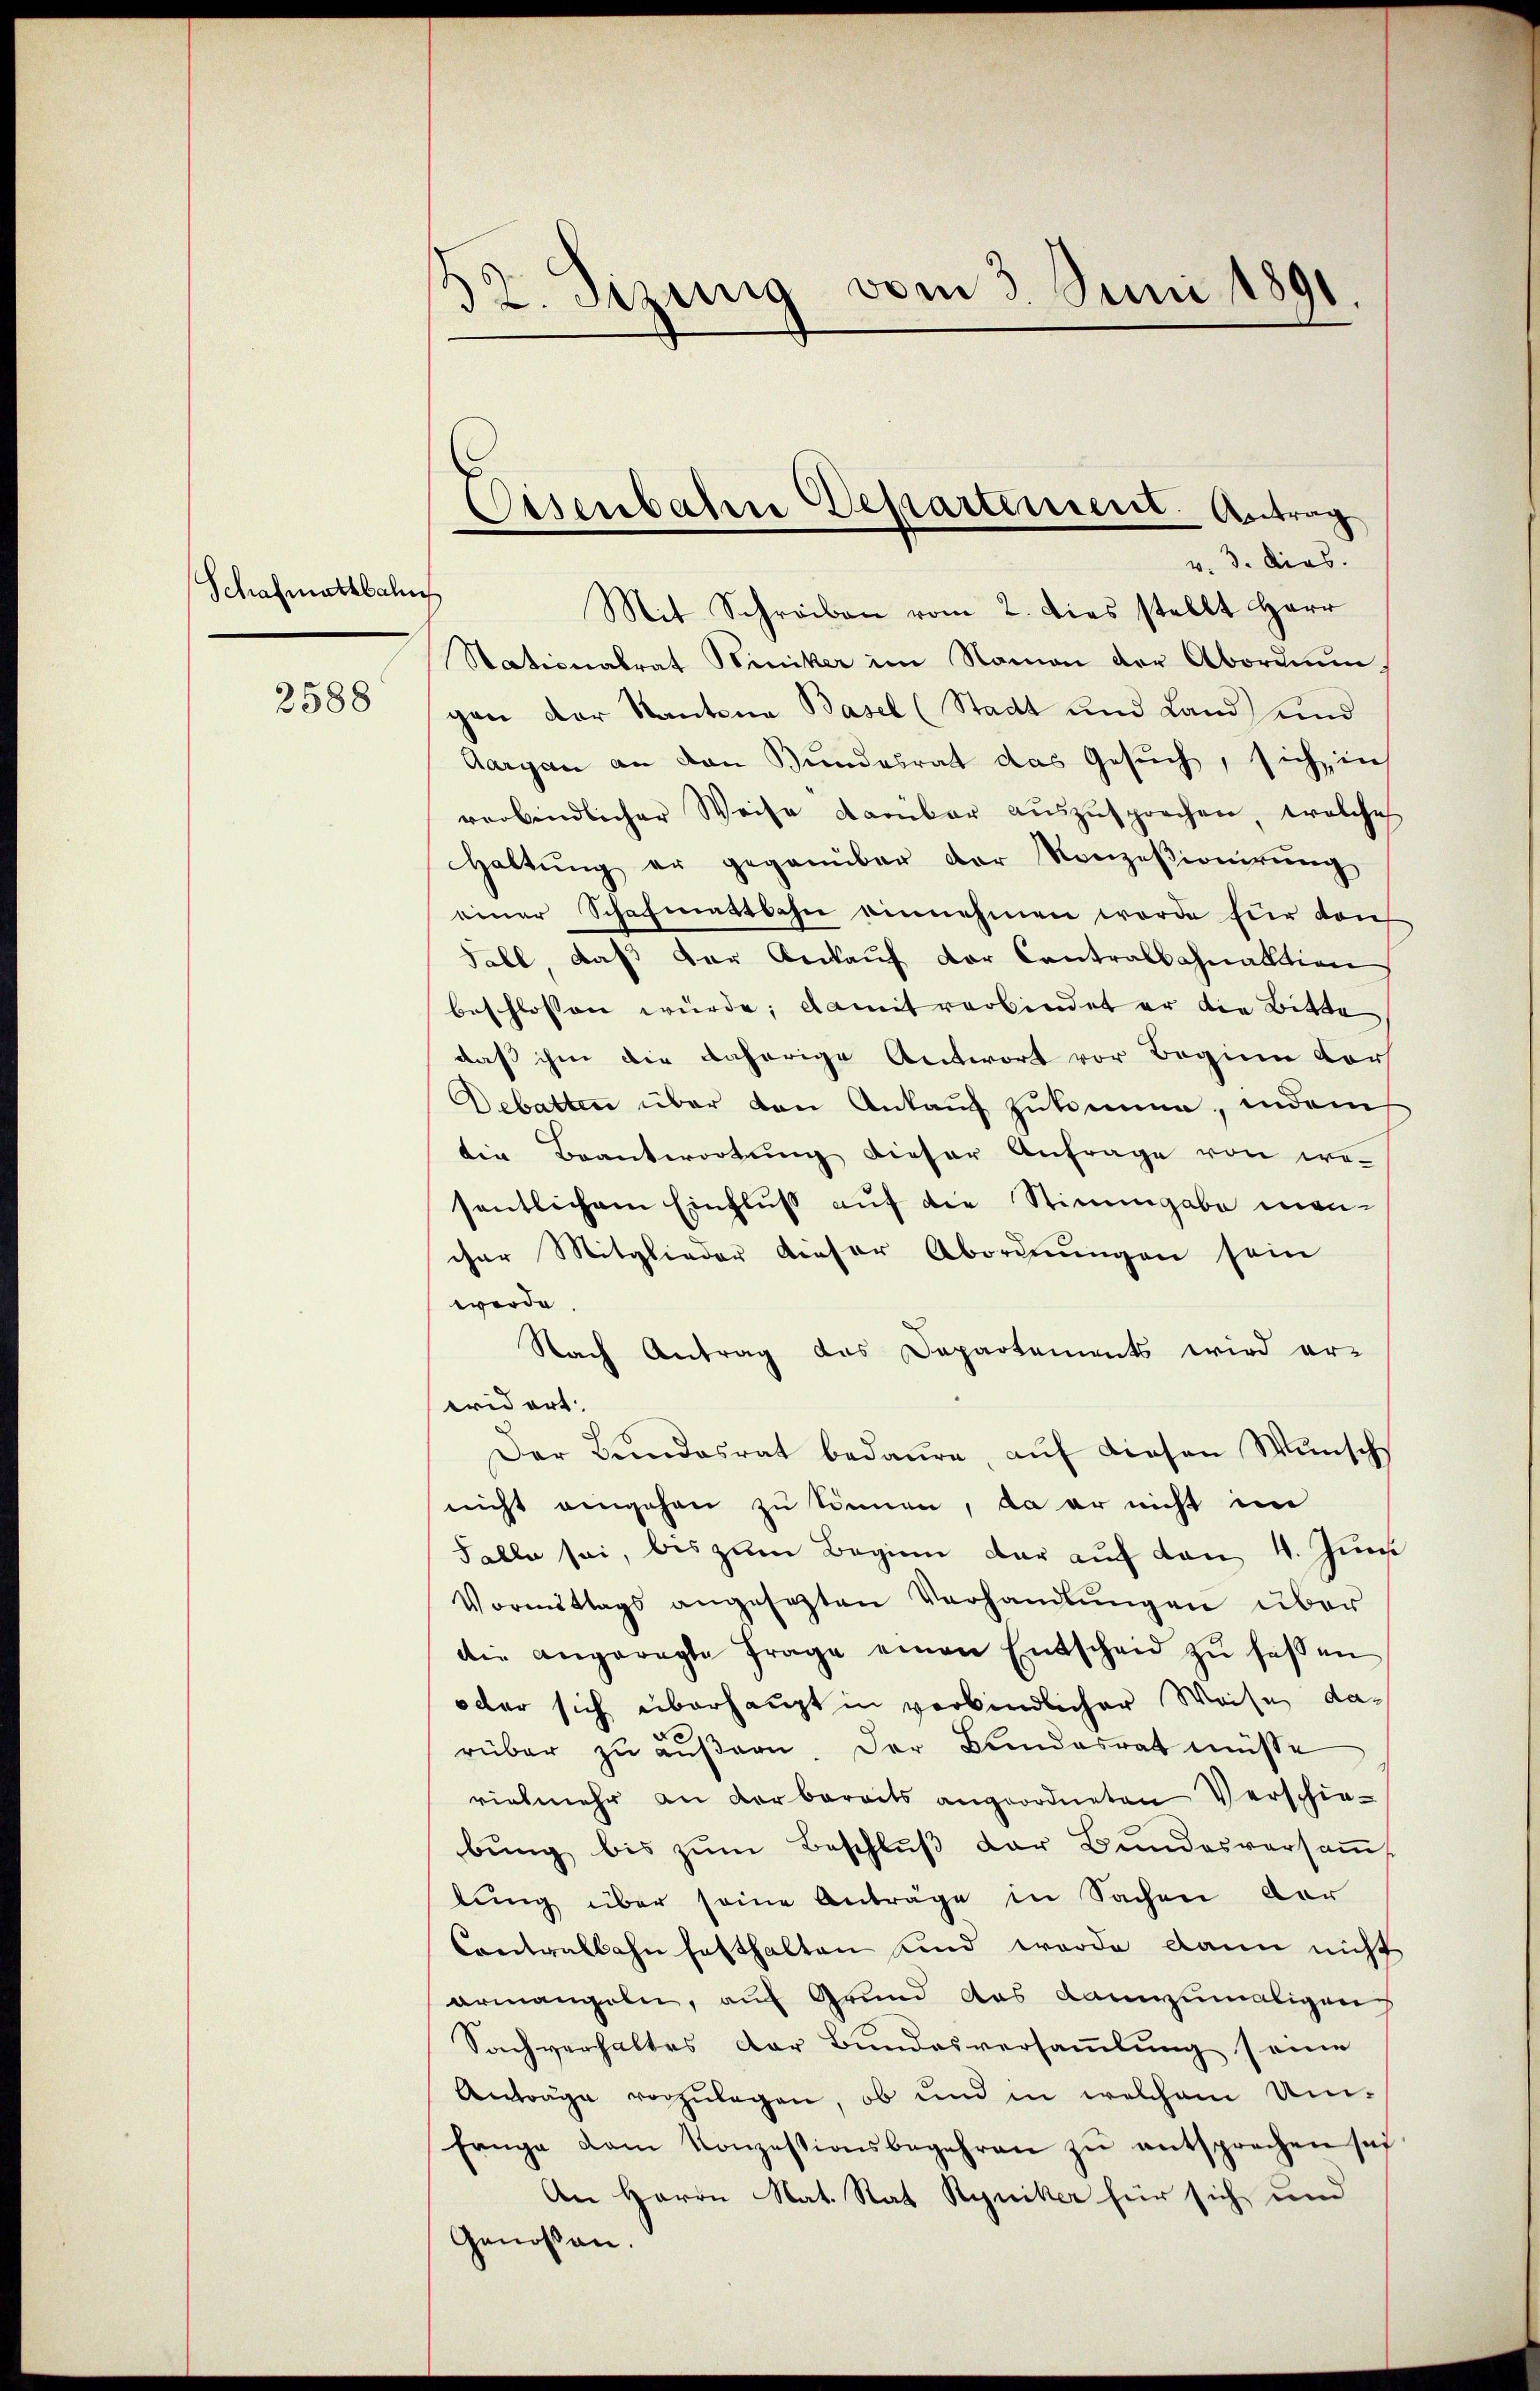
Schafmathbahn
2588

32. Jizung vom 3. Juni 1891.

Mit Schreiben vom 2. dies stellt Herr
Stationalrat Piniker im Namen der Abordnungen der Kantona Basel (Stadt und Land und
Aargau an den Bundesrat das Gesuch, sich in
verbindlicher Weise kambar aŭszŭsprochen, welches
Haltŭng er gegenüber der Konzesionirŭng
einer Schafmattbahn einnehmen worde für den
Fall, daß der Ankauf der Contralbahnaktion
beschlossen würde; damit verbindet er die Bitte
daß ihm die daherige Antwort vor Beginn vor
Debatten über den Ankauf zukomme, indem
tin Beantwortung dieser Anfrage von wesentlichem Einfluß auf die Stimmgabe mancher Mitglieder dieser Abordnungen sein
werde.
Nach Antrag das Departements wird er-
eridert.
Der Bŭndesrat bedaure, aŭf diesen Wŭnsch
nicht eingehen zu können, da er nicht im
Falle sei, bis zum Beginn der auf den 4. Jun
Vormittags angesetzten Verhandlŭngen über
die angeregte frage einen Entscheid zŭ fassen
oder sich überhaupt in verbindlicher Weise darüber zu äußern. Der Bundesrat müsse
vielmehr an derbaracts angeordneten Verschiebung bis zŭm Beschluß der Bundesversaṁt
tung über seine Anträge in Sachen der
Contralbahn festhalten und werde dann nicht
ermangeln, auf Grund das dannzumaligen
Sachverhaltes der Bundesversammlung seine
Antrage vorzulegen, ob und in welchem Um-
fange dem Konzestionsbegehren zŭ entsprechen sei
An Herrn Nat. Rat Ryniker für sich und
Genossen.

Eisenbahre Departensent-Antrag
v. 3. dies.